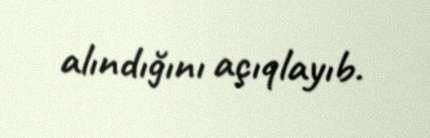
alındığını açıqlayıb.